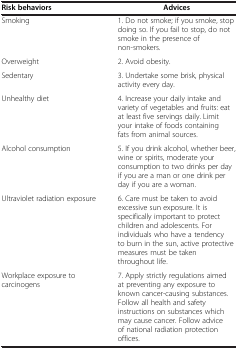
| Risk behaviors | Advices |
 | --- | --- |
 | Smoking | 1. Do not smoke; if you smoke, stop doing so. If you fail to stop, do not smoke in the presence of non-smokers. |
 | Overweight | 2. Avoid obesity. |
 | Sedentary | 3. Undertake some brisk, physical activity every day. |
 | Unhealthy diet | 4. Increase your daily intake and variety of vegetables and fruits: eat at least five servings daily. Limit your intake of foods containing fats from animal sources. |
 | Alcohol consumption | 5. If you drink alcohol, whether beer, wine or spirits, moderate your consumption to two drinks per day if you are a man or one drink per day if you are a woman. |
 | Ultraviolet radiation exposure | 6. Care must be taken to avoid excessive sun exposure. It is specifically important to protect children and adolescents. For individuals who have a tendency to burn in the sun, active protective measures must be taken throughout life. |
 | Workplace exposure to carcinogens | 7. Apply strictly regulations aimed at preventing any exposure to known cancer-causing substances. Follow all health and safety instructions on substances which may cause cancer. Follow advice of national radiation protection offices. |